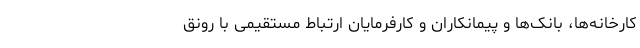
کارخانه‌ها، بانک‌ها و پیمانکاران و کارفرمایان ارتباط مستقیمی با رونق